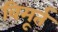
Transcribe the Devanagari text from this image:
विमूर्त